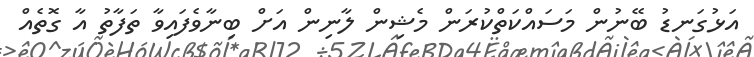
އަޅުގަނޑު ބޭނުން މަސައްކަތްކުރަން މެޝިން ލާނިން އަށް ބިނާވެފައިވާ ތަފާތު އާ ގޮތެއް